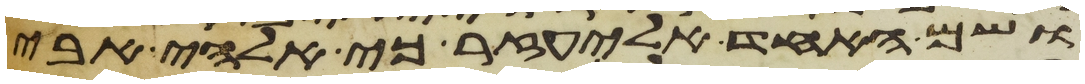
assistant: ושם האחד אליעזר כי אלהי אבי